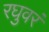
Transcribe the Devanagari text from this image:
रघुवरं